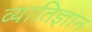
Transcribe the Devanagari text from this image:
व्यातिज्ञान